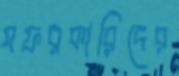
সফরকারিদের